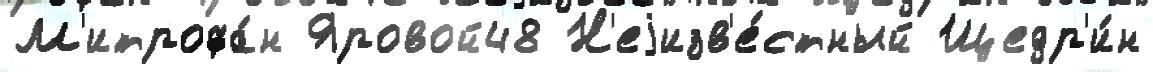
М'итрофа́н Яровой48 Н'еjизв'е́стный Щедр'и́н